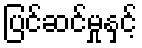
ပြင်ဆင်မှုနှင့်